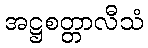
အဋ္ဌစတ္တာလီသံ